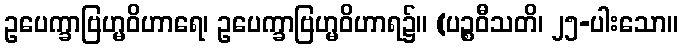
ဥပေက္ခာဗြဟ္မဝိဟာရေ၊ ဥပေက္ခာဗြဟ္မဝိဟာရ၌။ (ပဉ္စဝီသတိ၊ ၂၅-ပါးသော။